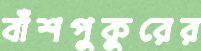
বাঁশপুকুরের